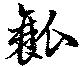
瓤